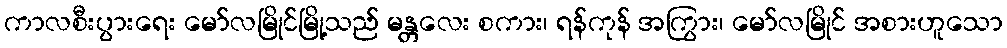
ကာလစီးပွားရေး မော်လမြိုင်မြို့သည် မန္တလေး စကား၊ ရန်ကုန် အကြွား၊ မော်လမြိုင် အစားဟူသော